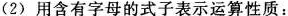
(2) 用含有字母的式子表示运算性质：